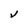
Character: V